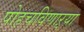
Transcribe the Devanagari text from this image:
पोहचविणाऱ्या